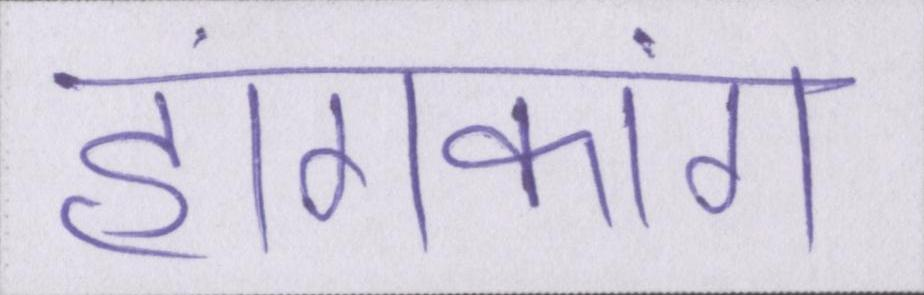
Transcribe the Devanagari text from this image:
हांगकांग